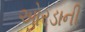
ઓરડાની